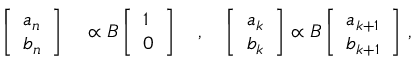
\begin{array} { r l } { \left[ \begin{array} { l } { a _ { n } } \\ { b _ { n } } \end{array} \right] } & { { } \propto B \left[ \begin{array} { l } { 1 } \\ { 0 } \end{array} \right] \quad , \quad \left[ \begin{array} { l } { a _ { k } } \\ { b _ { k } } \end{array} \right] \propto B \left[ \begin{array} { l } { a _ { k + 1 } } \\ { b _ { k + 1 } } \end{array} \right] \, , } \end{array}